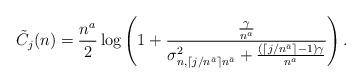
LaTeX: \begin{align*}\tilde{C}_j(n)=\frac{n^a}{2}\log\left(1+\frac{\frac{\gamma}{n^a}}{\sigma_{n,\lceil j/n^{\bar{a}}\rceil n^{\bar{a}}}^2 + \frac{(\lceil j/n^{\bar{a}}\rceil-1)\gamma}{n^a}}\right).\end{align*}